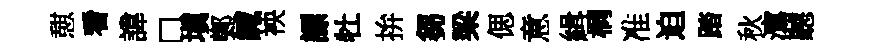
憇看諱□塡鄭緘䘧謤牡拚芻梁偲意緝桐准迫踏秋瀉聽